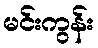
မင်းကွန်း